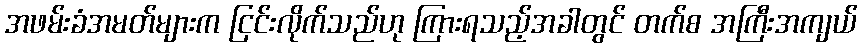
အဖမ်းခံအမတ်များက ငြင်းလိုက်သည်ဟု ကြားရသည့်အခါတွင် တက်စ အကြီးအကျယ်